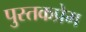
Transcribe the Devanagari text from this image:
पुस्तकप्रेम